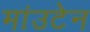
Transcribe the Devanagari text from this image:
मांउटेन